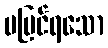
မမြင်ရသော